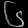
Digit: ၆